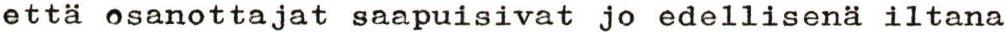
että osanottajat saapuisivat jo edellisenä iltana